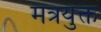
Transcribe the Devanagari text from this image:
मंत्रयुक्त